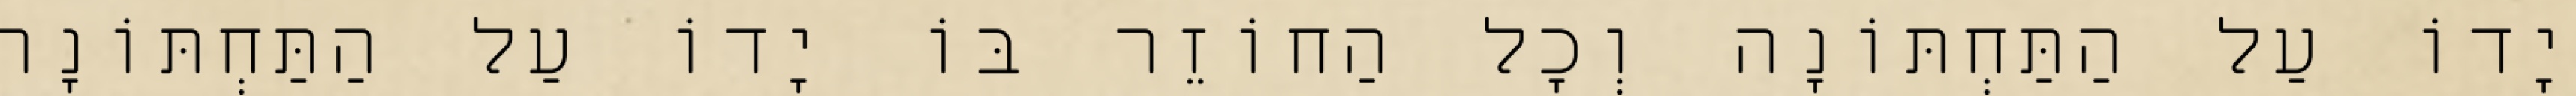
יָדוֹ עַל הַתַּחְתּוֹנָה וְכׇל הַחוֹזֵר בּוֹ יָדוֹ עַל הַתַּחְתּוֹנָה